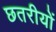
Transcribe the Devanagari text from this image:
छतरीयों